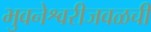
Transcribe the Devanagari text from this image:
भुवनेश्वरीजवळची